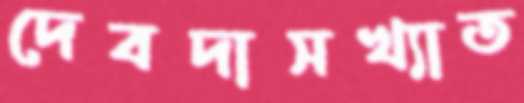
দেবদাসখ্যাত